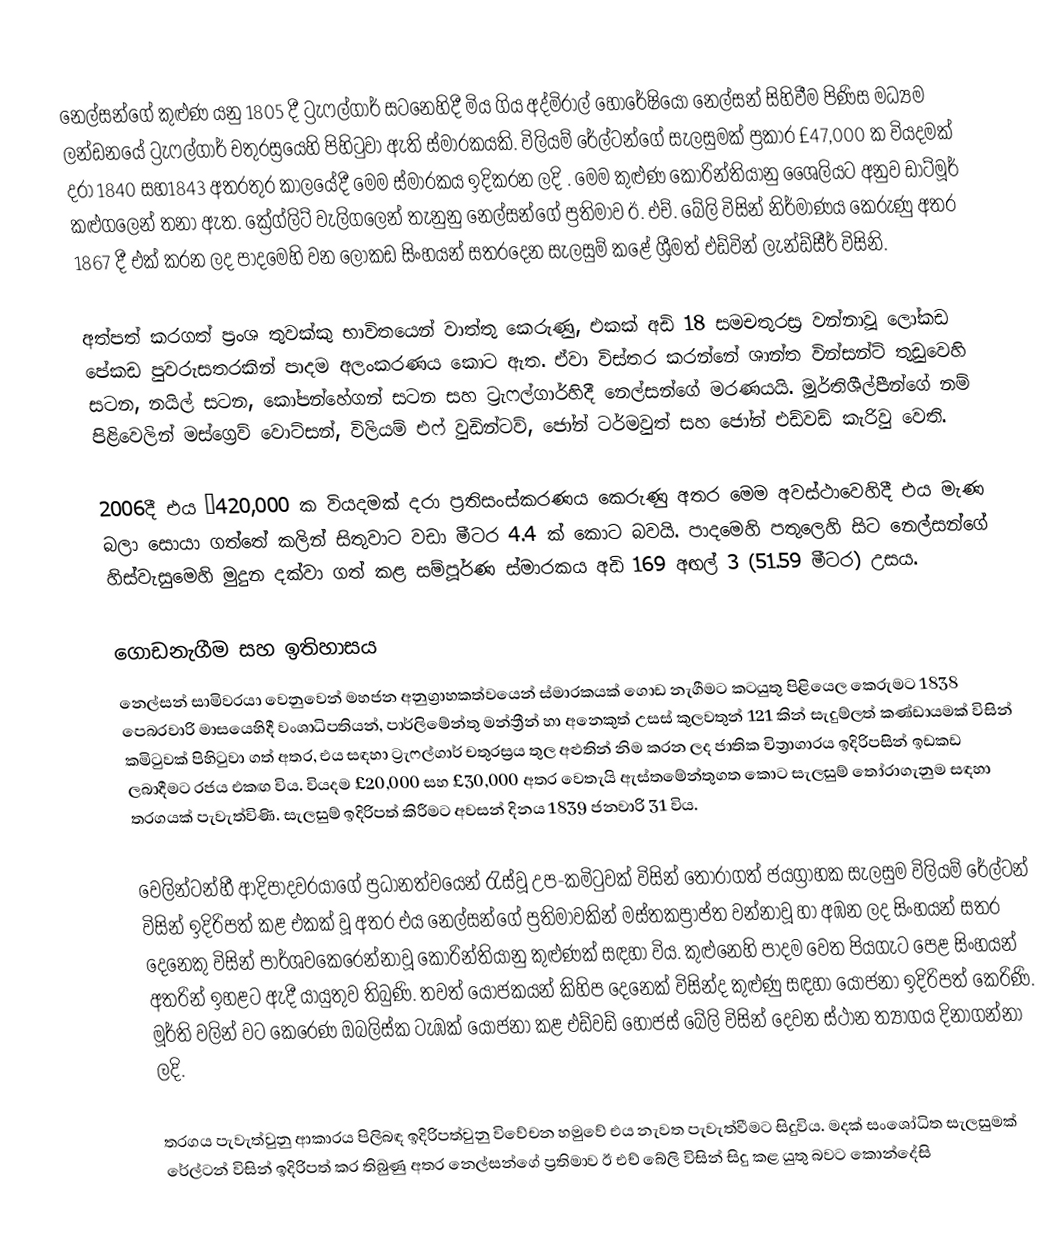
නෙල්සන්ගේ කුළුණ යනු 1805 දී   ට්‍රැෆල්ගාර් සටනෙහිදී මිය ගිය අද්මිරාල් හොරේෂියෝ නෙල්සන් සිහිවීම පිණිස   මධ්‍යම ලන්ඩනයේ  ට්‍රැෆල්ගාර් චතුරස්‍රයෙහි පිහිටුවා ඇති ස්මාරකයකි. විලියම් රේල්ටන්ගේ සැලසුමක් ප්‍රකාර £47,000 ක වියදමක් දරා  1840 සහ1843 අතරතුර කාලයේදී මෙම ස්මාරකය ඉදිකරන ලදි . මෙම කුළුණ කොරින්තියානු  ශෛලියට අනුව ඩාට්මූර් කළුගලෙන් තනා ඇත. ක්‍රේග්ලිට් වැලිගලෙන් තැනුනු නෙල්සන්ගේ ප්‍රතිමාව ඊ. එච්. බේලි විසින් නිර්මාණය කෙරුණු අතර 1867 දී  එක් කරන ලද පාදමෙහි වන ලෝකඩ සිංහයන් සතරදෙන සැලසුම් කළේ ශ්‍රීමත් එඩ්වින් ලැන්ඩ්සීර් විසිනි.

අත්පත් කරගත් ප්‍රංශ තුවක්කු භාවිතයෙන් වාත්තු කෙරුණු, එකක් අඩි 18 සමචතුරස්‍ර වන්නාවූ  ලෝකඩ පේකඩ පුවරුසතරකින්  පාදම අලංකරණය කොට ඇත.  ඒවා විස්තර කරන්නේ ශාන්ත වින්සන්ට් තුඩුවෙහි සටන, නයිල් සටන, කෝපන්හේගන් සටන සහ ට්‍රැෆල්ගාර්හිදී නෙල්සන්ගේ මරණයයි. මූර්තිශීල්පීන්ගේ නම් පිළිවෙලින්  මස්ග්‍රෙව් වොට්සන්, විලියම් එෆ් වුඩින්ටව්, ‍ජෝන් ටර්මවුත් සහ ජෝන් එඩ්වඩ් කැරිවු වෙති.

2006දී එය £420,000 ක වියදමක් දරා ප්‍රතිසංස්කරණය කෙරුණු අතර   මෙම අවස්ථාවෙහිදී එය මැණ බලා සොයා ගත්තේ කලින් සිතුවාට වඩා මීටර 4.4 ක් කොට බවයි.  පාදමෙහි පතුලෙහි සිට නෙල්සන්ගේ හිස්වැසුමෙහි මුදුන දක්වා ගත් කළ සම්පූර්ණ ස්මාරකය අඩි 169  අඟල් 3 (51.59 මීටර) උසය.

ගොඩනැගීම සහ ඉතිහාසය
නෙල්සන් සාමිවරයා වෙනුවෙන් මහජන අනුග්‍රාහකත්වයෙන් ස්මාරකයක් ගොඩ නැගීමට කටයුතු පිළියෙල කෙරුමට  1838 පෙබරවාරි මාසයෙහිදී වංශාධිපතියන්, පාර්ලිමේන්තු මන්ත්‍රීන් හා අනෙකුත් උසස් කුලවතුන් 121 කින් සැදුම්ලත් කණ්ඩායමක් විසින් කමිටුවක් පිහිටුවා ගත් අතර, එය සඳහා ට්‍රැෆල්ගාර් චතුරස්‍රය තුල අළුතින් නිම කරන ලද ජාතික  චිත්‍රාගාරය ඉදිරිපසින් ඉඩකඩ  ලබාදීමට රජය එකඟ විය. වියදම £20,000 සහ £30,000 අතර වෙතැයි ඇස්තමේන්තුගත කොට සැලසුම් තෝරාගැනුම සඳහා තරගයක් පැවැත්විණි. සැලසුම් ඉදිරිපත් කිරීමට අවසන් දිනය 1839 ජනවාරි 31 විය.

වෙලින්ටන්හී ආදිපාදවරයාගේ ප්‍රධානත්වයෙන් රැස්වූ උප-කමිටුවක් විසින් තෝරාගත් ජයග්‍රාහක සැලසුම විලියම්  රේල්ටන් විසින් ඉදිරිපත් කළ එකක් වූ අතර එය නෙල්සන්ගේ ප්‍රතිමාවකින් මස්තකප්‍රාප්ත වන්නාවූ හා අඹන ලද සිංහයන් සතර දෙනෙකු විසින් පාර්ශවකෙරෙන්නාවූ  කොරින්තියානු කුළුණක් සඳහා විය. කුළුනෙහි පාදම වෙත පියගැට පෙළ සිංහයන් අතරින් ඉහළට ඇදී යායුතුව තිබුණි. තවත් යෝජකයන් කිහිප දෙනෙක් විසින්ද කුළුණු සඳහා යෝජනා ඉදිරිපත් කෙරිණි. මූර්ති වලින් වට කෙරෙණ ඔබලිස්ක ටැඹක්  යෝජනා කළ  එඩ්වඩ්  හොජස්  බේලි විසින් දෙවන ස්ථාන ත්‍යාගය දිනාගන්නා ලදි.

තරගය පැවැත්වුනු ආකාරය පිලිබඳ ඉදිරිපත්වුනු විවේචන හමුවේ එය නැවත පැවැත්වීමට සිදුවිය.  මදක් සංශෝධිත සැලසුමක් රේල්ටන් විසින් ඉදිරිපත් කර තිබුණු අතර නෙල්සන්ගේ ප්‍රතිමාව ඊ එච් බේලි විසින් සිදු කළ යුතු බවට කොන්දේසි